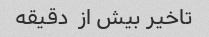
تاخیر بیش از  دقیقه